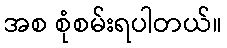
အစ စုံစမ်းရပါတယ်။